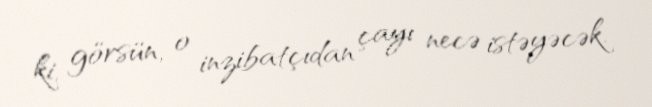
ki, görsün, o inzibatçıdan çayı necə istəyəcək.